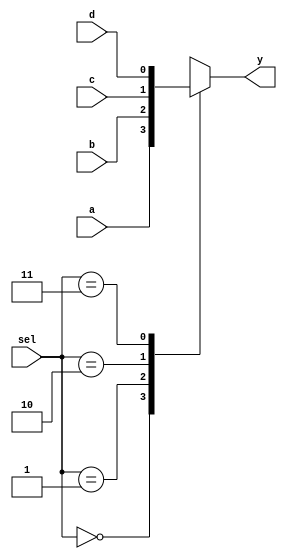
module mux (a,b,c,d,sel,y); 
input a, b, c, d; 
input [1:0] sel; 
output y; 

reg y;

always @ (a or b or c or d or sel) 
case (sel) 
  0 : y = a; 
  1 : y = b; 
  2 : y = c; 
  3 : y = d; 
  default : $display("Error in SEL"); 
endcase 
    
endmodule